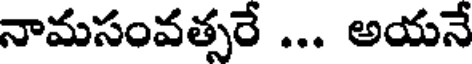
నామసంవత్సరే ... అయనే